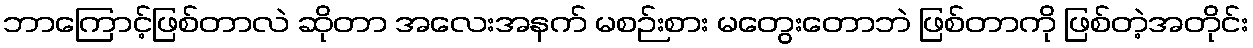
ဘာကြောင့်ဖြစ်တာလဲ ဆိုတာ အလေးအနက် မစဉ်းစား မတွေးတောဘဲ ဖြစ်တာကို ဖြစ်တဲ့အတိုင်း